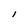
Character: I